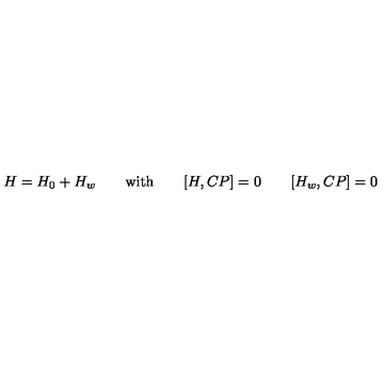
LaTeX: H = H _ { 0 } + H _ { w } \qquad \mathrm { w i t h } \qquad [ H , C P ] = 0 \qquad [ H _ { w } , C P ] = 0